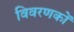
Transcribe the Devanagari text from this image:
विवरणकों